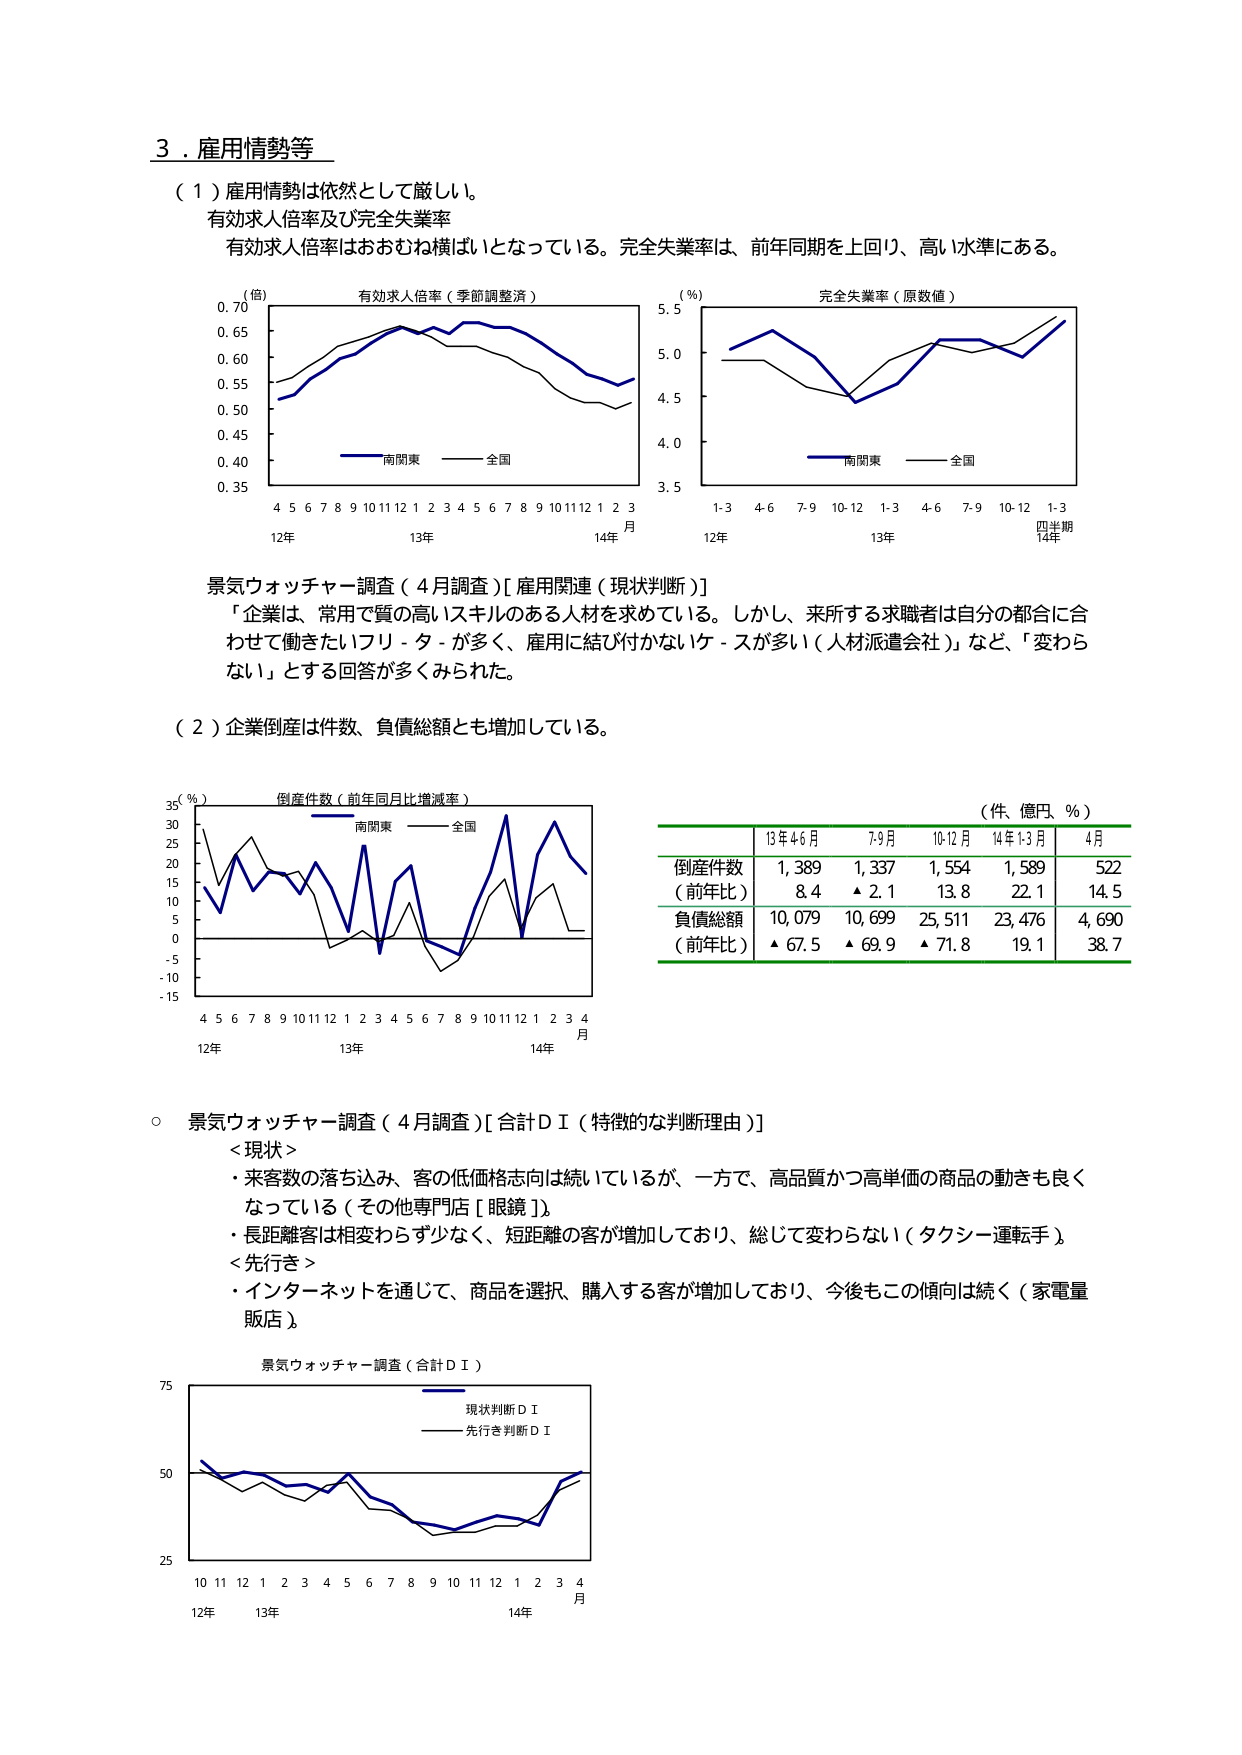
3．雇用情勢等

（1）雇用情勢は依然として厳しい。
有効求人倍率及び完全失業率
有効求人倍率はおおむね横ばいとなっている。完全失業率は、前年同期を上回り、高い水準にある。

（倍）
有効求人倍率（季節調整済）
0.70
0.65
0.60
0.55
0.50
0.45
0.40
0.35
4 5 6 7 8 9 10 11 12 1 2 3 4 5 6 7 8 9 10 11 12 1 2 3
12年 13年 14年 月
南関東 全国

（％）
完全失業率（原数値）
5.5
5.0
4.5
4.0
3.5
1-3 4-6 7-9 10-12 1-3 4-6 7-9 10-12 1-3
12年 13年 14年 四半期
南関東 全国

景気ウォッチャー調査（4月調査）[雇用関連（現状判断）]
「企業は、常用で質の高いスキルのある人材を求めている。しかし、来所する求職者は自分の都合に合わせて働きたいフリーターガ多く、雇用に結び付かないケースが多い（人材派遣会社）」など、「変わらない」とする回答が多くみられた。

（2）企業倒産は件数、負債総額とも増加している。

（％）
倒産件数（前年同月比増減率）
35
30
25
20
15
10
5
0
-5
-10
-15
4 5 6 7 8 9 10 11 12 1 2 3 4 5 6 7 8 9 10 11 12 1 2 3 4
12年 13年 14年 月
南関東 全国

（件、億円、％）
13年4-6月 7-9月 10-12月 14年1-3月 4月
倒産件数 1,389 1,337 1,554 1,589 522
（前年比） 8.4 ▲2.1 13.8 22.1 14.5
負債総額 10,079 10,699 25,511 23,476 4,690
（前年比） ▲67.5 ▲69.9 ▲71.8 19.1 38.7

○ 景気ウォッチャー調査（4月調査）[合計ＤＩ（特徴的な判断理由）]
＜現状＞
・来客数の落ち込み、客の低価格志向は続いているが、一方で、高品質かつ高単価の商品の動きも良くなっている（その他専門店［眼鏡］）。
・長距離客は相変わらず少なく、短距離の客が増加しており、総じて変わらない（タクシー運転手）。
＜先行き＞
・インターネットを通じて、商品を選択、購入する客が増加しており、今後もこの傾向は続く（家電量販店）。

景気ウォッチャー調査（合計ＤＩ）
75
50
25
10 11 12 1 2 3 4 5 6 7 8 9 10 11 12 1 2 3 4
12年 13年 14年 月
現状判断ＤＩ
先行き判断ＤＩ